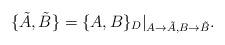
LaTeX: \begin{align*}\{\tilde{A},\tilde{B}\}=\{A,B\}_{D}|_{A\rightarrow \tilde{A},B\rightarrow \tilde{B}}.\end{align*}